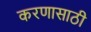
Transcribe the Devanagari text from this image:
करणासाठी